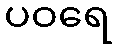
ပဝရေ